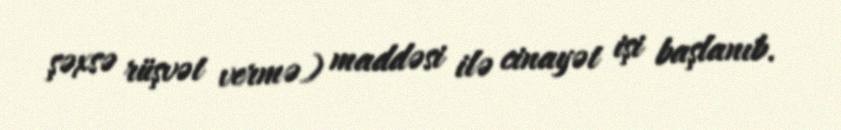
şəxsə rüşvət vermə) maddəsi ilə cinayət işi başlanıb.